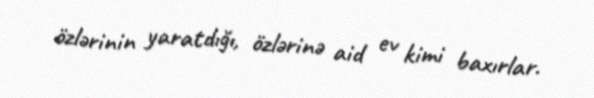
özlərinin yaratdığı, özlərinə aid ev kimi baxırlar.